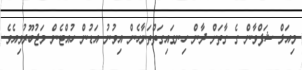
މިއަލް ޝަފްވާން ގެ ގާތަށް ދާން ހިނގައިގަތްތަނާހެން އިވުނު އަޑުން ހުއްޓެން މަޖުބޫރުވިއެވެ.